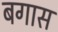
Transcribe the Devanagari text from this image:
बगास